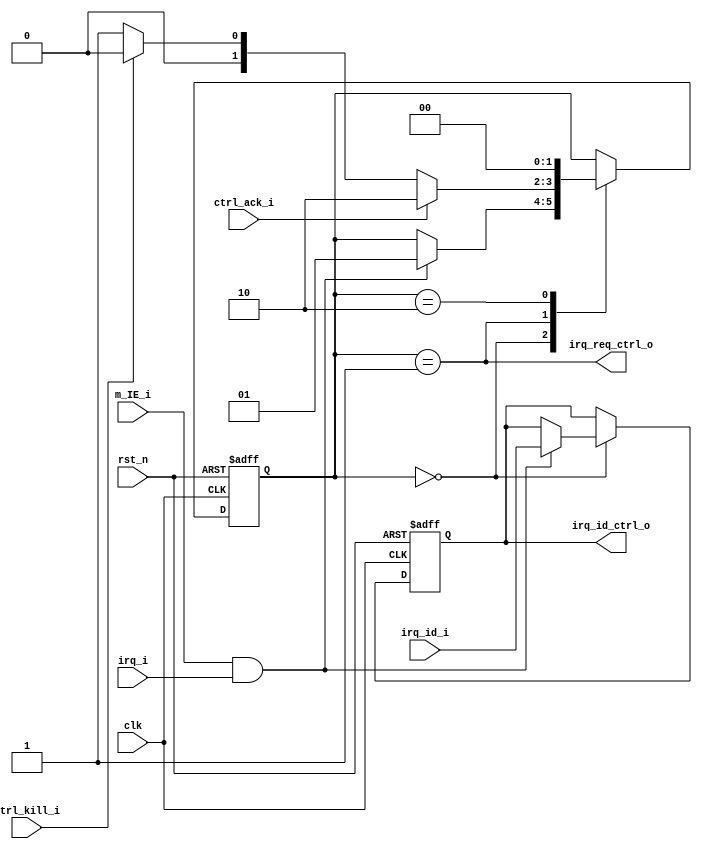
// Copyright lowRISC contributors.
// Copyright 2017 ETH Zurich and University of Bologna.
// Licensed under the Apache License, Version 2.0, see LICENSE for details.
// SPDX-License-Identifier: Apache-2.0

////////////////////////////////////////////////////////////////////////////////
//                                                                            //
// Additional contributions by:                                               //
//                 Sven Stucki - svstucki@student.ethz.ch                     //
//                                                                            //
//                                                                            //
// Design Name:    RISC-V processor core                                      //
// Project Name:   ibex                                                       //
// Language:       SystemVerilog                                              //
//                                                                            //
// Description:    Defines for various constants used by the processor core.  //
//                                                                            //
////////////////////////////////////////////////////////////////////////////////

module ibex_int_controller (
	clk,
	rst_n,
	irq_req_ctrl_o,
	irq_id_ctrl_o,
	ctrl_ack_i,
	ctrl_kill_i,
	irq_i,
	irq_id_i,
	m_IE_i
);
	input wire clk;
	input wire rst_n;
	output wire irq_req_ctrl_o;
	output wire [4:0] irq_id_ctrl_o;
	input wire ctrl_ack_i;
	input wire ctrl_kill_i;
	input wire irq_i;
	input wire [4:0] irq_id_i;
	input wire m_IE_i;
	reg [1:0] exc_ctrl_ns;
	reg [1:0] exc_ctrl_cs;
	wire irq_enable_ext;
	reg [4:0] irq_id_d;
	reg [4:0] irq_id_q;
	assign irq_enable_ext = m_IE_i;
	localparam [1:0] IRQ_PENDING = 1;
	assign irq_req_ctrl_o = exc_ctrl_cs == IRQ_PENDING;
	assign irq_id_ctrl_o = irq_id_q;
	localparam [1:0] IDLE = 0;
	always @(posedge clk or negedge rst_n)
		if (!rst_n) begin
			irq_id_q <= {5 {1'sb0}};
			exc_ctrl_cs <= IDLE;
		end
		else begin
			irq_id_q <= irq_id_d;
			exc_ctrl_cs <= exc_ctrl_ns;
		end
	localparam [1:0] IRQ_DONE = 2;
	always @(*) begin
		irq_id_d = irq_id_q;
		exc_ctrl_ns = exc_ctrl_cs;
		case (exc_ctrl_cs)
			IDLE:
				if (irq_enable_ext && irq_i) begin
					exc_ctrl_ns = IRQ_PENDING;
					irq_id_d = irq_id_i;
				end
			IRQ_PENDING:
				case (1'b1)
					ctrl_ack_i: exc_ctrl_ns = IRQ_DONE;
					ctrl_kill_i: exc_ctrl_ns = IDLE;
					default: exc_ctrl_ns = IRQ_PENDING;
				endcase
			IRQ_DONE: exc_ctrl_ns = IDLE;
		endcase
	end
endmodule